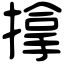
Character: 𢲡